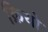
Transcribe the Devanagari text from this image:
क्रियो